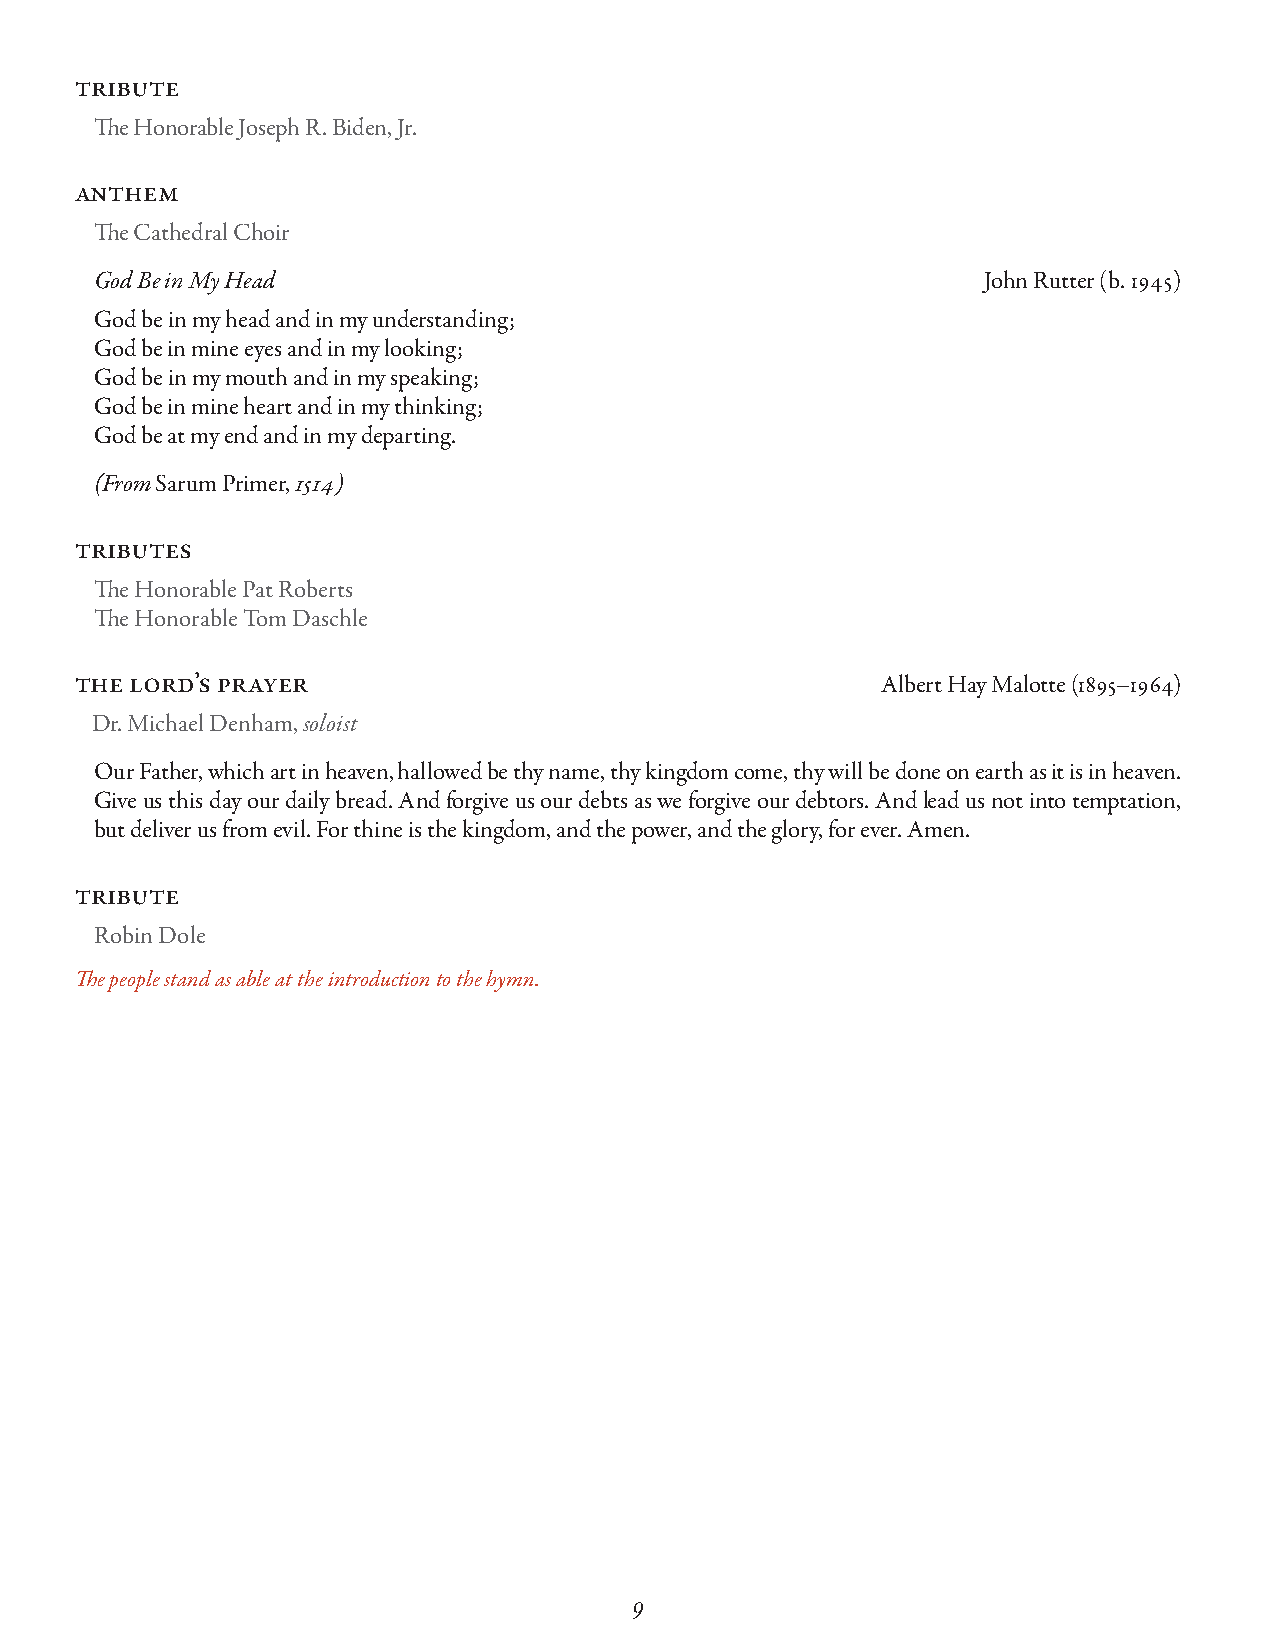
tribute
 The Honorable Joseph R. Biden, Jr.
 anthem
 The Cathedral Choir
 God Be in My Head                                          John Rutter (b. 1945)
 God be in my head and in my understanding;
 God be in mine eyes and in my looking;
 God be in my mouth and in my speaking;
 God be in mine heart and in my thinking;
 God be at my end and in my departing.
 (From Sarum Primer, 1514)
 tributes
 The Honorable Pat Roberts
 The Honorable Tom Daschle
 the lord’s prayer                                    Albert Hay Malotte (1895–1964)
 Dr. Michael Denham, soloist
 Our Father, which art in heaven, hallowed be thy name, thy kingdom come, thy will be done on earth as it is in heaven.
 Give us this day our daily bread. And forgive us our debts as we forgive our debtors. And lead us not into temptation,
 but deliver us from evil. For thine is the kingdom, and the power, and the glory, for ever. Amen.
 tribute
 Robin Dole
 The people stand as able at the introduction to the hymn.
 9